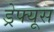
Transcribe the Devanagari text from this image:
ड्रेफ्यूस